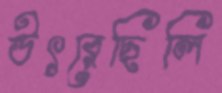
উৎরেছিলি